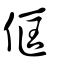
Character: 㑌